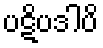
ပဋိပဒါပိ